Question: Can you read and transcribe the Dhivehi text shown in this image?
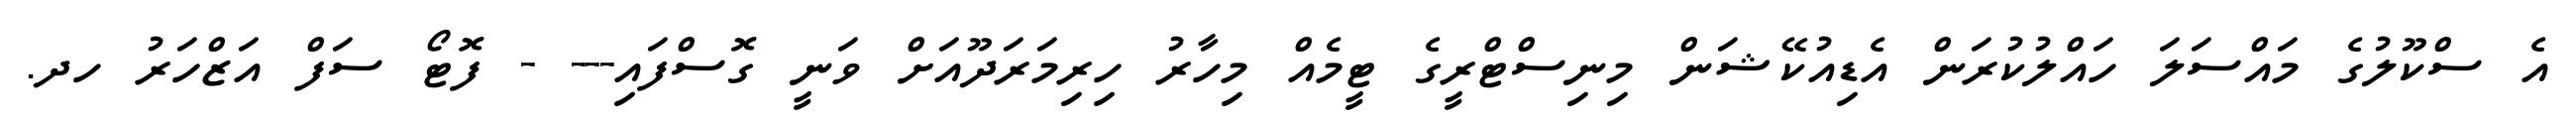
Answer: އެ ސްކޫލުގެ މައްސަލަ ހައްލުކުރަން އެޑިއުކޭޝަން މިނިސްޓްރީގެ ޓީމެއް މިހާރު ހިރިމަރަދޫއަށް ވަނީ ގޮސްފައި--- - ފޮޓޯ ސަފް އަޒްހަރު ހދ.